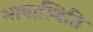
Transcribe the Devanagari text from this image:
भाषास्थिति